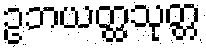
ဥဘယတ္ထသုတ္တ